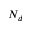
N _ { d }